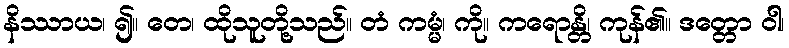
နိဿာယ၊ ၍။ တေ၊ ထိုသူတို့သည်။ တံ ကမ္မံ၊ ကို။ ကရောန္တိ၊ ကုန်၏။ ဒတ္တော ဝါ၊